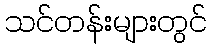
သင်တန်းများတွင်